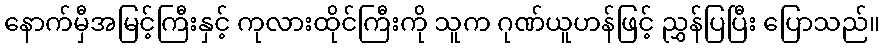
နောက်မှီအမြင့်ကြီးနှင့် ကုလားထိုင်ကြီးကို သူက ဂုဏ်ယူဟန်ဖြင့် ညွှန်ပြပြီး ပြောသည်။